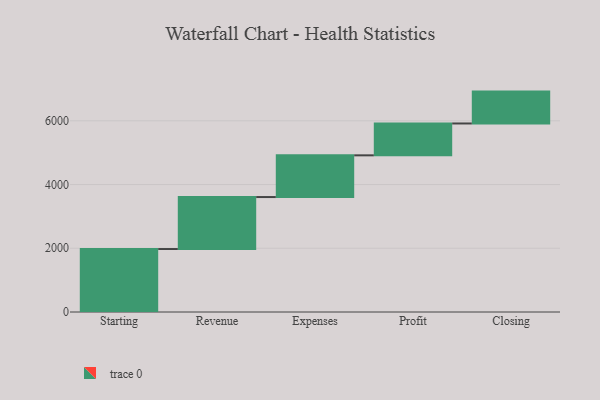
{"axis": {"x": "Step", "y": "Value"}, "legend": [""], "data": [{"x": "Starting", "y": 1976.0, "type": ""}, {"x": "Revenue", "y": 1631.0, "type": ""}, {"x": "Expenses", "y": 1309.0, "type": ""}, {"x": "Profit", "y": 1000, "type": ""}, {"x": "Closing", "y": 1000, "type": ""}]}